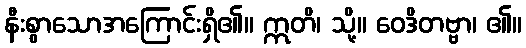
နီးစွာသောအကြောင်းရှိ၏။ ဣတိ၊ သို့။ ဝေဒိတဗ္ဗာ၊ ၏။